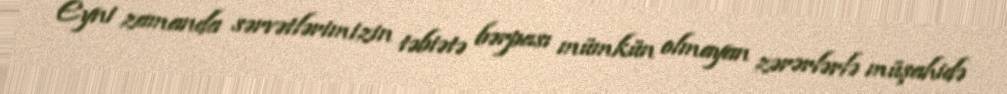
Eyni zamanda sərvətlərimizin təbiətə bərpası mümkün olmayan zərərlərlə müşahidə